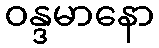
ဝန္ဒမာနော